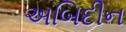
અબિદીન